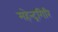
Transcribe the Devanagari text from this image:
महेन्द्रगिरि